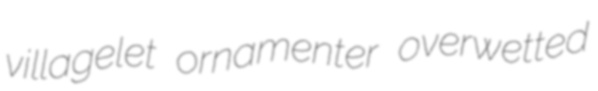
villagelet ornamenter overwetted